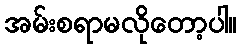
အမ်းစရာမလိုတော့ပါ။